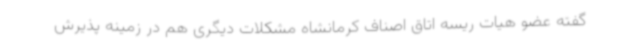
گفته عضو هیات ریسه اتاق اصناف کرمانشاه مشکلات دیگری هم در زمینه پذیرش